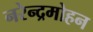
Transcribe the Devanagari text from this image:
नरेन्द्रमोहन